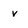
Character: v